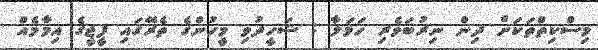
މިސްކިތްތަކަށް ދިން ނިިރުބަވެރި ހަމަލާ : ޝަހީދުވި މީހުންގެ ތެރޭގައި ފީޖީގެ އިމާމެއް